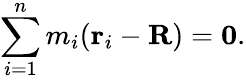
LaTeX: \sum_{i=1}^{n}m_{i}(\mathbf{r}_{i}-\mathbf{R})=\mathbf{0}.